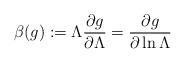
LaTeX: \begin{align*}\beta(g) := \Lambda \frac{\partial g}{\partial \Lambda} = \frac{\partial g}{\partial \ln \Lambda}\end{align*}